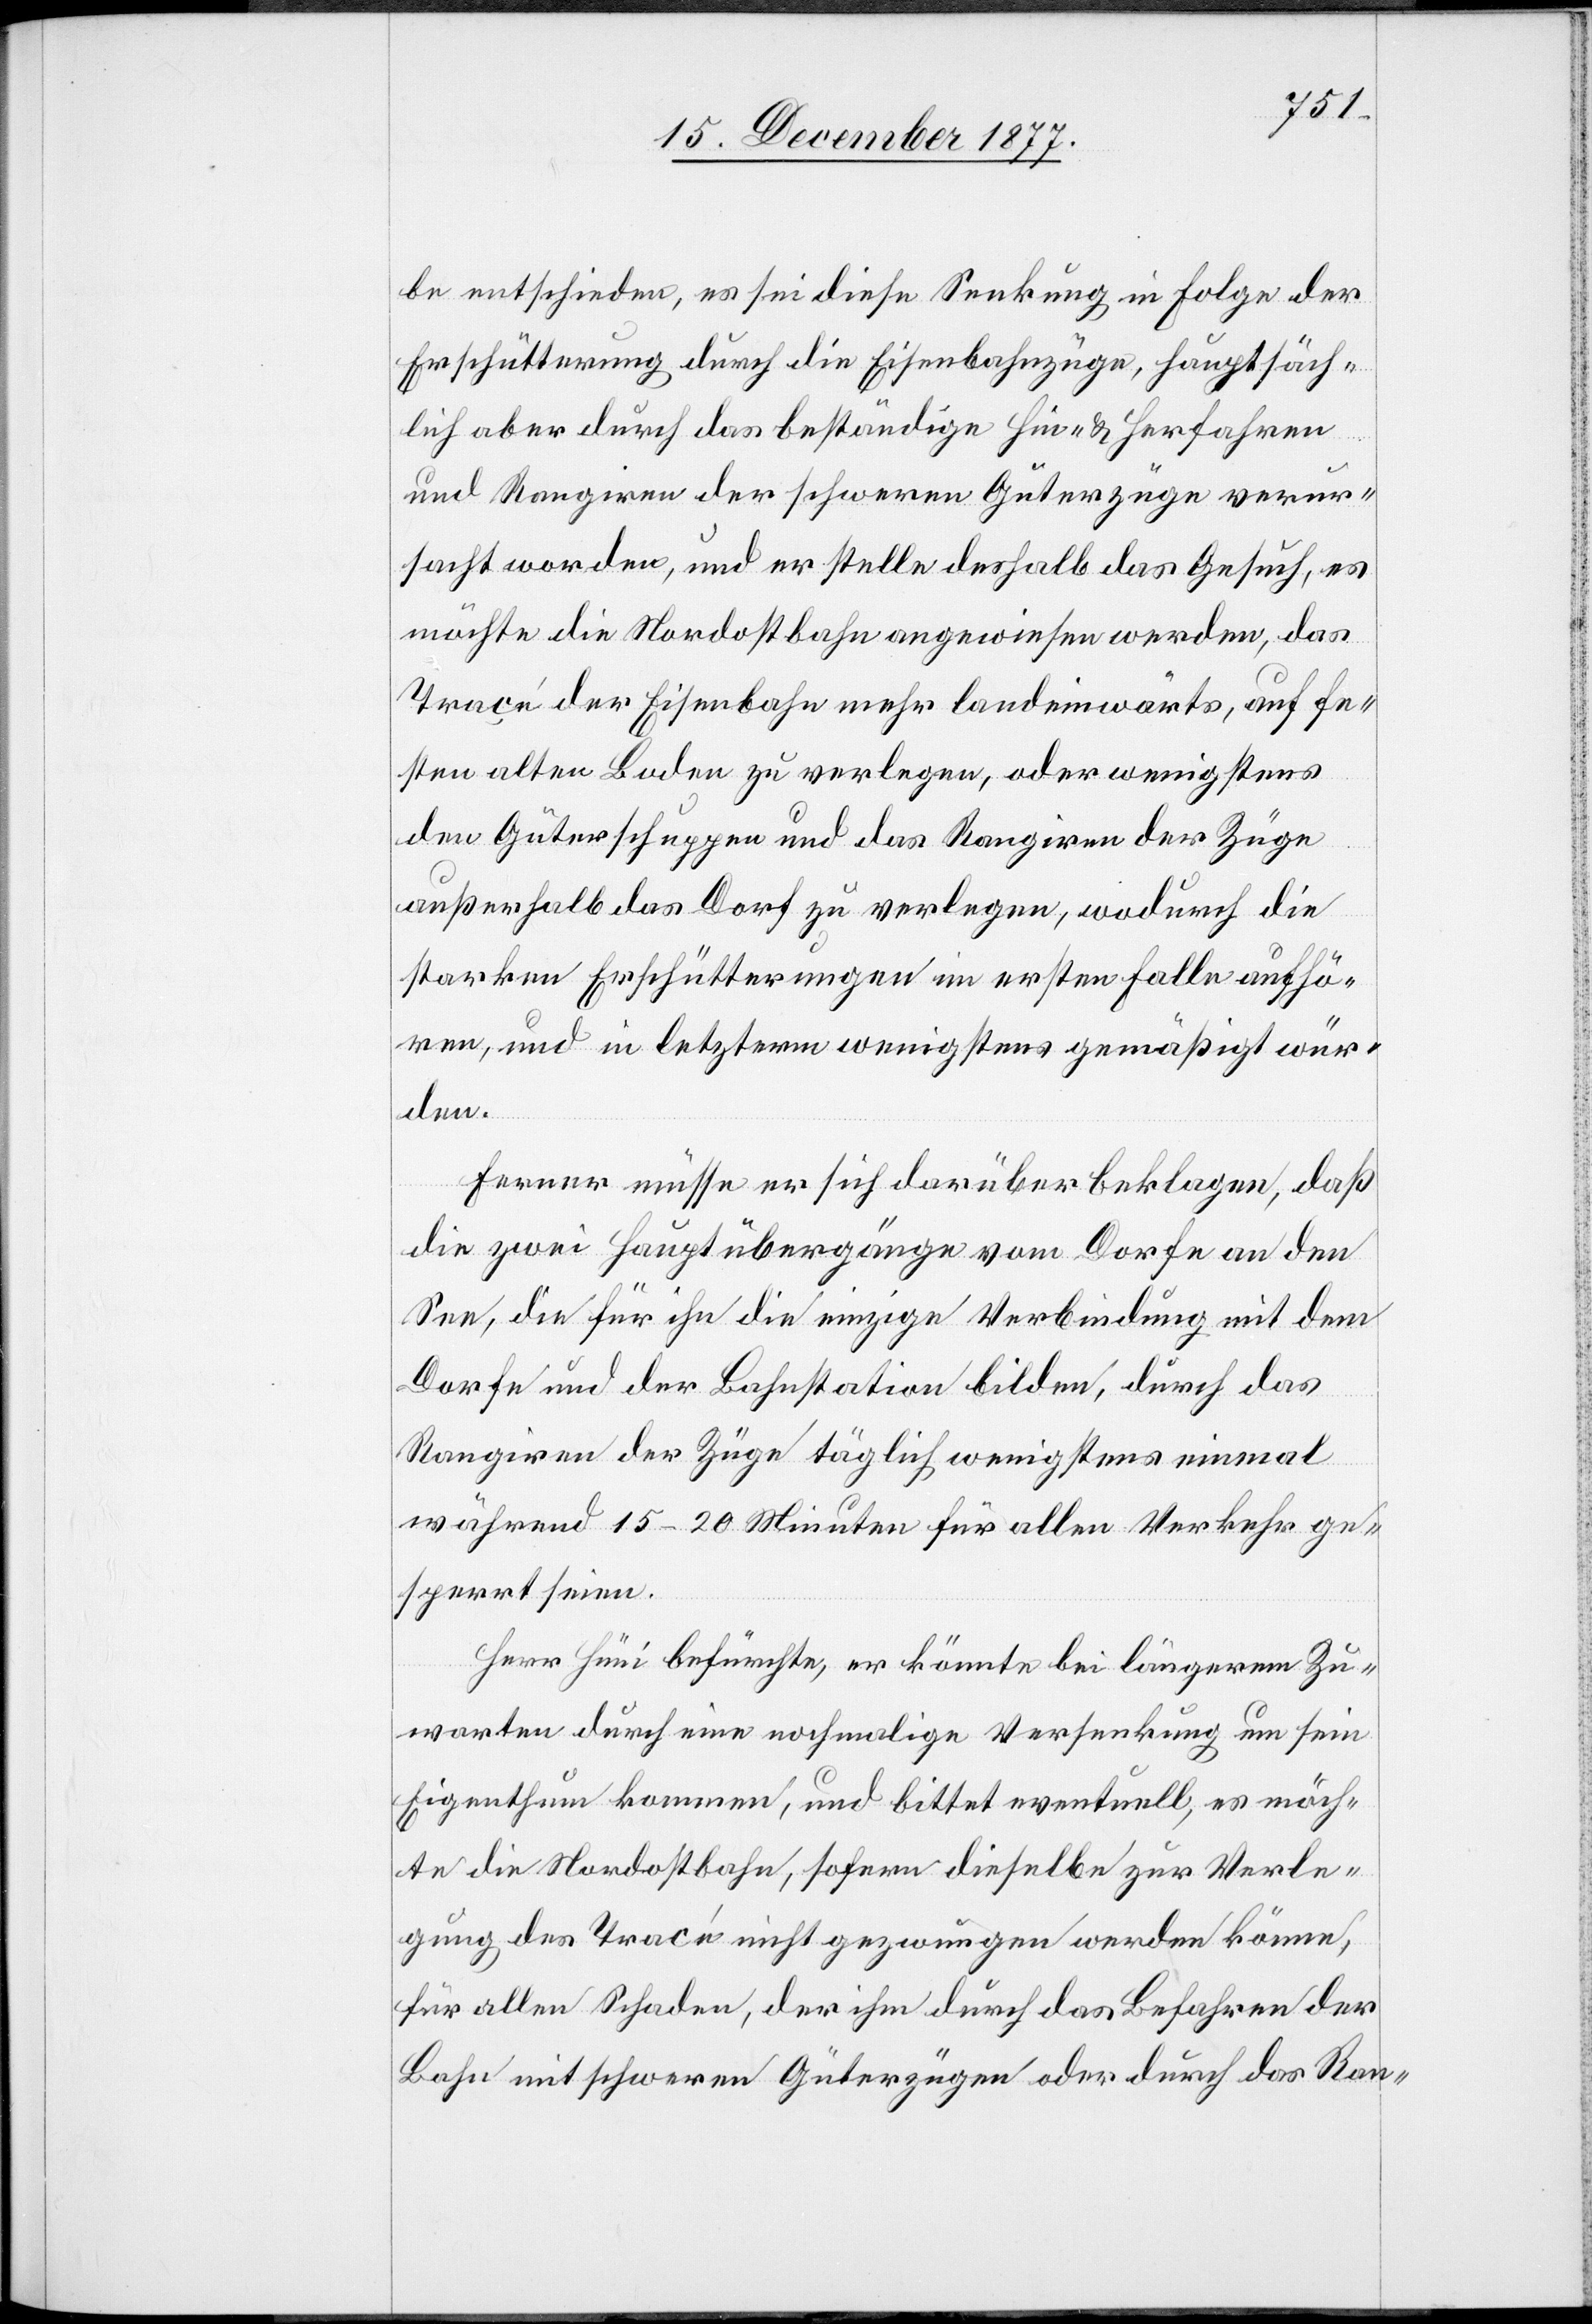
be entschieden, es sei diese Senkung in Folge der
Erschütterung durch die Eisenbahnzüge, hauptsäch¬
lich aber durch das beständige Hin- & Herfahren
und Rangiren der schweren Güterzüge verur¬
sacht worden, und er stelle deshalb das Gesuch, es
möchte die Nordostbahn angewiesen werden, das
Traçé der Eisenbahn mehr landeinwärts, auf fe¬
sten alten Boden zu verlegen, oder wenigstens
den Güterschuppen und das Rangiren der Züge
außerhalb das Dorf zu verlegen, wodurch die
starken Erschütterungen im ersten Falle aufhö¬
ren, und in letzterm wenigstens gemäßigt wür¬
den.
Ferner müsse er sich darüber beklagen, daß
die zwei Hauptübergänge vom Dorfe an den
See, die für ihn die einzige Verbindung mit dem
Dorfe und der Bahnstation bilden, durch das
Rangiren der Züge täglich wenigstens einmal
während 15–20 Minuten für allen Verkehr ge¬
sperrt seien.
Herr Hüni befürchte, er könnte bei längerem Zu¬
warten durch eine nochmalige Versenkung um sein
Eigenthum kommen, und bittet eventuell, es möch¬
te die Nordostbahn, sofern dieselbe zur Verle¬
gung des Tracé nicht gezwungen werden könne,
für allen Schaden, der ihm durch das Befahren der
Bahn mit schweren Güterzügen oder durch das Ran-